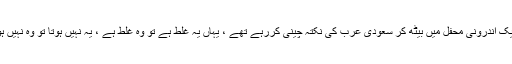
سنو ، تمہاری ہی طرح کے بعض ہندوستانی دانشوران ایک اندرونی محفل میں بیٹھ کر سعودی عرب کی نکتہ چینی کررہے تھے ، یہاں یہ غلط ہے تو وہ غلط ہے ، یہ نہیں ہوتا تو وہ نہیں ہوتا ، عوام کو اٹھ کر حکمرانوں کا احتساب کرنا چاہیے ۔